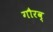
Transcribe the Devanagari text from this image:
गौरव्